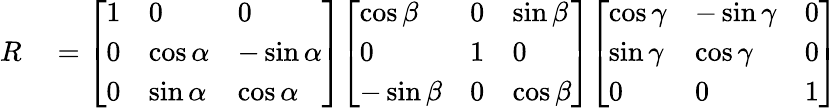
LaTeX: \begin{array}{rl}{R}&{{}={\left[\begin{array}{lll}{1}&{0}&{0}\\ {0}&{\cos\alpha}&{-\sin\alpha}\\ {0}&{\sin\alpha}&{\cos\alpha}\end{array}\right]}{\left[\begin{array}{lll}{\cos\beta}&{0}&{\sin\beta}\\ {0}&{1}&{0}\\ {-\sin\beta}&{0}&{\cos\beta}\end{array}\right]}{\left[\begin{array}{lll}{\cos\gamma}&{-\sin\gamma}&{0}\\ {\sin\gamma}&{\cos\gamma}&{0}\\ {0}&{0}&{1}\end{array}\right]}}\end{array}